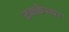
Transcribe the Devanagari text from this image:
टक्केच्या